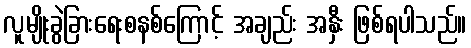
လူမျိုးခွဲခြားရေးစနစ်ကြောင့် အချည်း အနှီး ဖြစ်ရပါသည်။